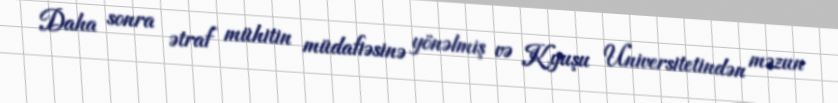
Daha sonra ətraf mühitin müdafiəsinə yönəlmiş və Kyuşu Universitetindən məzun